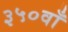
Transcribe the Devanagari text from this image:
३५०वाँ